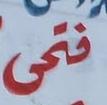
فنى